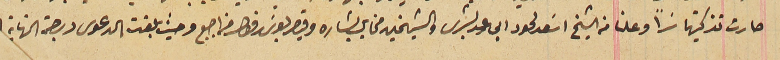
صارت تذكيتها سَراً وعلنا من الشيخ اسَعد لحود ابى رعد بشرى والشيخين مخايل بشاره وقيصر بولسَ رفول من اجبع وحيث بلغت الدعوى درجة النهاية